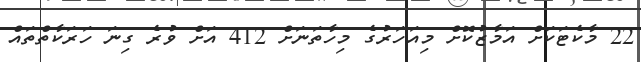
22 މާކެޓަކަށް އަމާޒުކޮށް މިއަހަރުގެ މިހާތަނަށް 412 އަށް ވުރެ ގިނަ ހަރަކާތްތައް